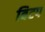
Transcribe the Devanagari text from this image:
बिटप